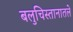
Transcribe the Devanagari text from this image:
बलुचिस्तानातले